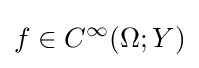
f\in C^{\infty }(\Omega ;Y)